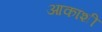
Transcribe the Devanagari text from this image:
आकांशी